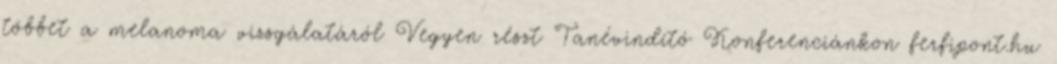
többet a melanoma vizsgálatáról Vegyen részt Tanévindító Konferenciánkon ferfipont.hu